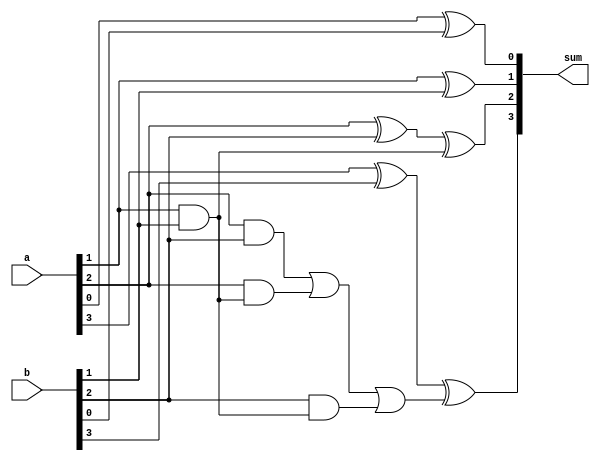
module four_bit_adder(
    input [3:0] a,
    input [3:0] b,
    output [3:0] sum
);

reg [3:0] carry;
reg [3:0] s;

// Full Adder block
always @(*)
begin
    carry[0] = 1'b0;
    s[0] = a[0] ^ b[0] ^ carry[0];
    
    carry[1] = (a[1] & b[1]) | (a[1] & carry[0]) | (b[1] & carry[0]);
    s[1] = a[1] ^ b[1] ^ carry[0];
    
    carry[2] = (a[2] & b[2]) | (a[2] & carry[1]) | (b[2] & carry[1]);
    s[2] = a[2] ^ b[2] ^ carry[1];
    
    carry[3] = (a[3] & b[3]) | (a[3] & carry[2]) | (b[3] & carry[2]);
    s[3] = a[3] ^ b[3] ^ carry[2];
end

assign sum = s;

endmodule